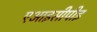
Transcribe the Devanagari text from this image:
एआइसीपीइ